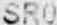
SR0